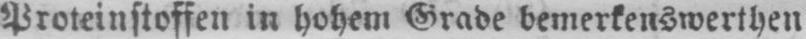
Proteinstoffen in hohem Grade bemerkenswerthen